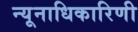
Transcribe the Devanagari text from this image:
न्यूनाधिकारिणी